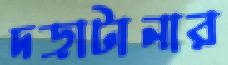
দড়াটানার